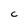
Character: C